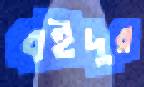
বইদুর